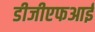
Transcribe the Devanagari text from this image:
डीजीएफआई